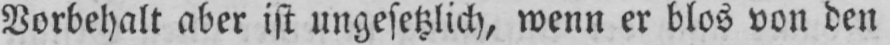
Vorbehalt aber ist ungesetzlich, wenn er blos von den